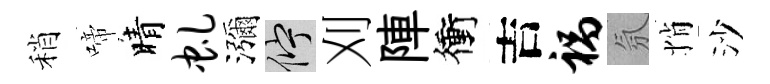
稍啼晴虬瀰伫刈陣衝吉祸氛悄沙